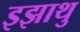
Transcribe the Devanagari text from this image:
इझाथु